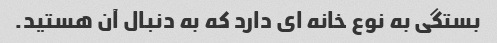
بستگی به نوع خانه ای دارد که به دنبال آن هستید.